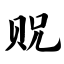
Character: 贶